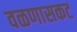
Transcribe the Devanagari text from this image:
वळणासकट